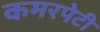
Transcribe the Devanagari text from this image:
कमरपेटी